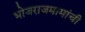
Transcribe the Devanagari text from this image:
भोजराजमामांची